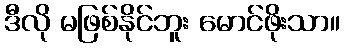
ဒီလို မဖြစ်နိုင်ဘူး မောင်ဖိုးသာ။